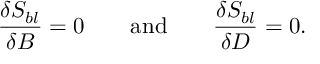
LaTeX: \frac { \delta S _ { b l } } { \delta { \cal B } } = 0 \mathrm { ~ \ \ \ \ \ a n d ~ \ \ \ \ \ } \frac { \delta S _ { b l } } { \delta { \cal D } } = 0 .